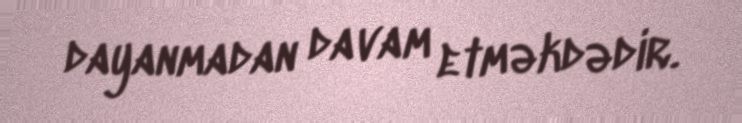
dayanmadan davam etməkdədir.